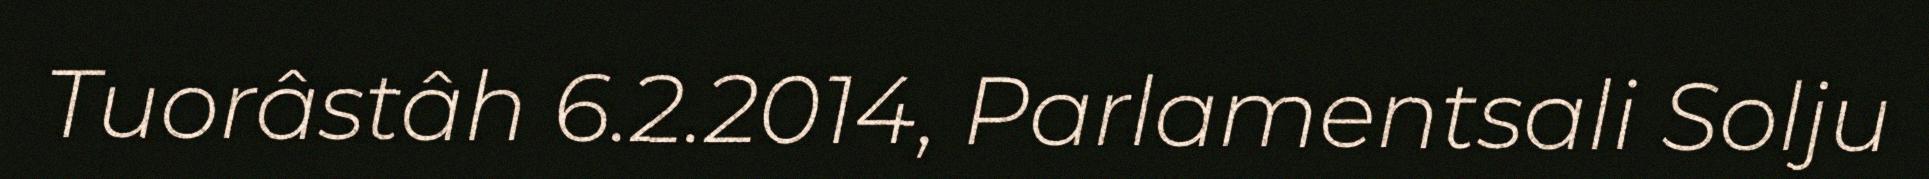
Tuorâstâh 6.2.2014, Parlamentsali Solju